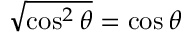
{ \sqrt { \cos ^ { 2 } \theta } } = \cos \theta